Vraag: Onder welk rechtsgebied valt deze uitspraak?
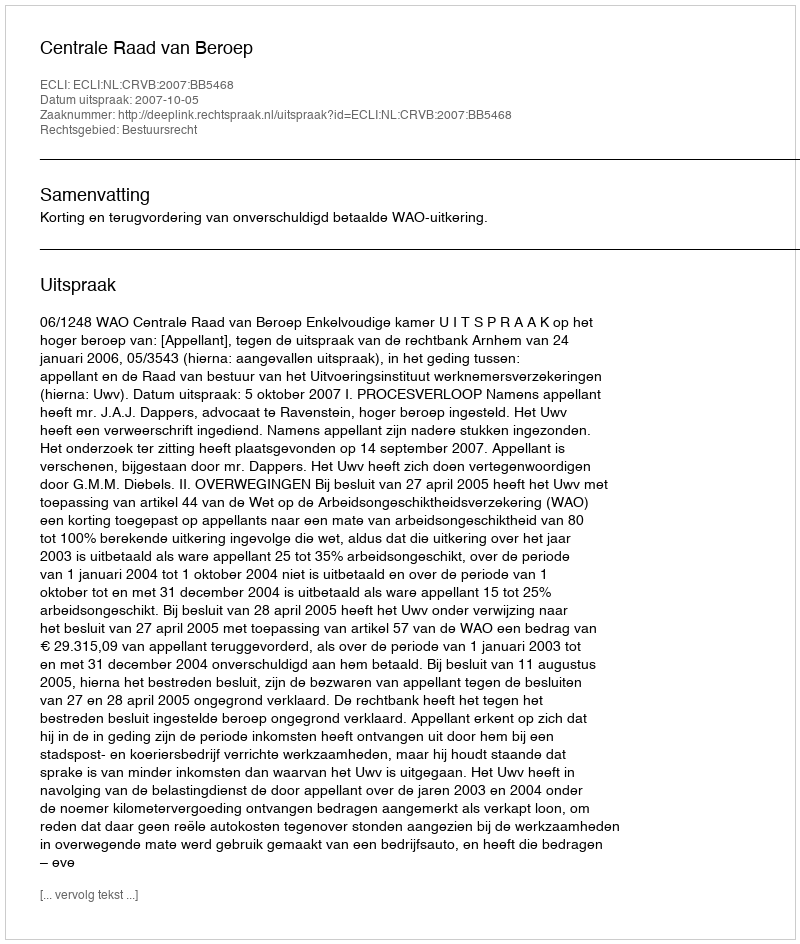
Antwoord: Bestuursrecht